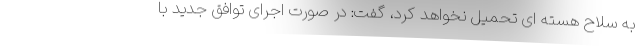
به سلاح هسته ای تحمیل نخواهد کرد، گفت: در صورت اجرای توافق جدید با